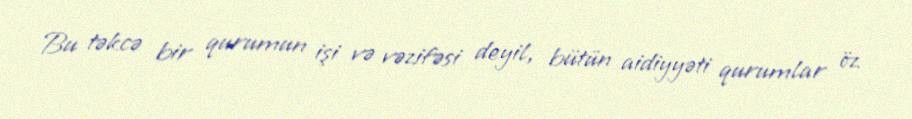
Bu təkcə bir qurumun işi və vəzifəsi deyil, bütün aidiyyəti qurumlar öz